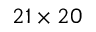
2 1 \times 2 0